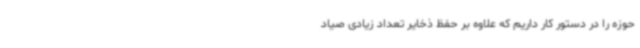
حوزه را در دستور کار داریم که علاوه بر حفظ ذخایر تعداد زیادی صیاد